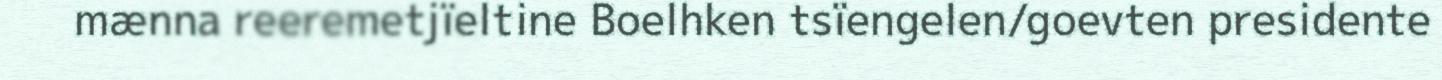
mænna reeremetjïeltine Boelhken tsïengelen/goevten presidente